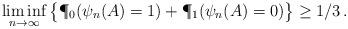
LaTeX: \begin{align*}\liminf_{n \to \infty} \big\{ \P_0(\psi_n(A) = 1) + \P_1(\psi_ n(A) = 0)\big\} \ge 1/3\,.\end{align*}